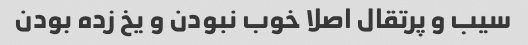
سیب و پرتقال اصلا خوب نبودن و یخ زده بودن